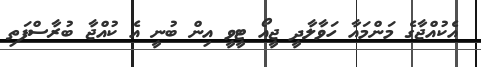
އެކުއްޖާގެ މަންމައާ ހަވާލާދީ ޖީއޯ ޓީވީ އިން ބުނީ އެ ކުއްޖާ ބުރާސްފަތި